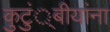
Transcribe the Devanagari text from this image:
कुटुं्बीयांना